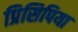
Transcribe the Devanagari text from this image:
प्रिसिपिया